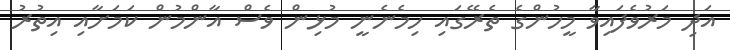
އަދި މަރުވެފައިވާ މީހުންގެ ތެރޭގައި ހިމެނެނީ މުޅިން ވެސް އާންމުން ކަމަށާއި އިތުރު